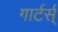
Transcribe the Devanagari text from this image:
गार्टर्स्